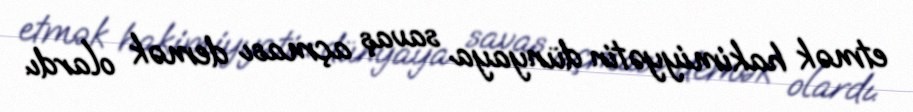
etmək hakimiyyətin dünyaya savaş açması demək olardı.